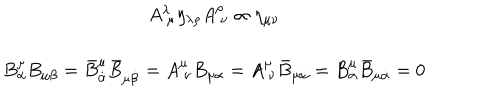
\begin{array} { c } { { A _ { ~ \mu } ^ { \lambda } \eta _ { \lambda \rho } A _ { ~ \nu } ^ { \rho } \propto \eta _ { \mu \nu } } } \\ { { { } } } \\ { { B _ { \alpha } ^ { \mu } B _ { \mu \beta } = \bar { B } _ { \dot { \alpha } } ^ { \mu } \bar { B } _ { \mu \dot { \beta } } = A _ { ~ \nu } ^ { \mu } B _ { \mu \alpha } = A _ { ~ \nu } ^ { \mu } \bar { B } _ { \mu \dot { \alpha } } = B _ { \alpha } ^ { \mu } \bar { B } _ { \mu \dot { \alpha } } = 0 } } \\ \end{array}